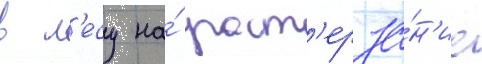
в л'есу на́ раст'ерза́н'ие